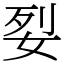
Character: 姴